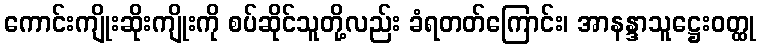
ကောင်းကျိုးဆိုးကျိုးကို စပ်ဆိုင်သူတို့လည်း ခံရတတ်ကြောင်း၊ အာနန္ဒာသူဋ္ဌေးဝတ္ထု